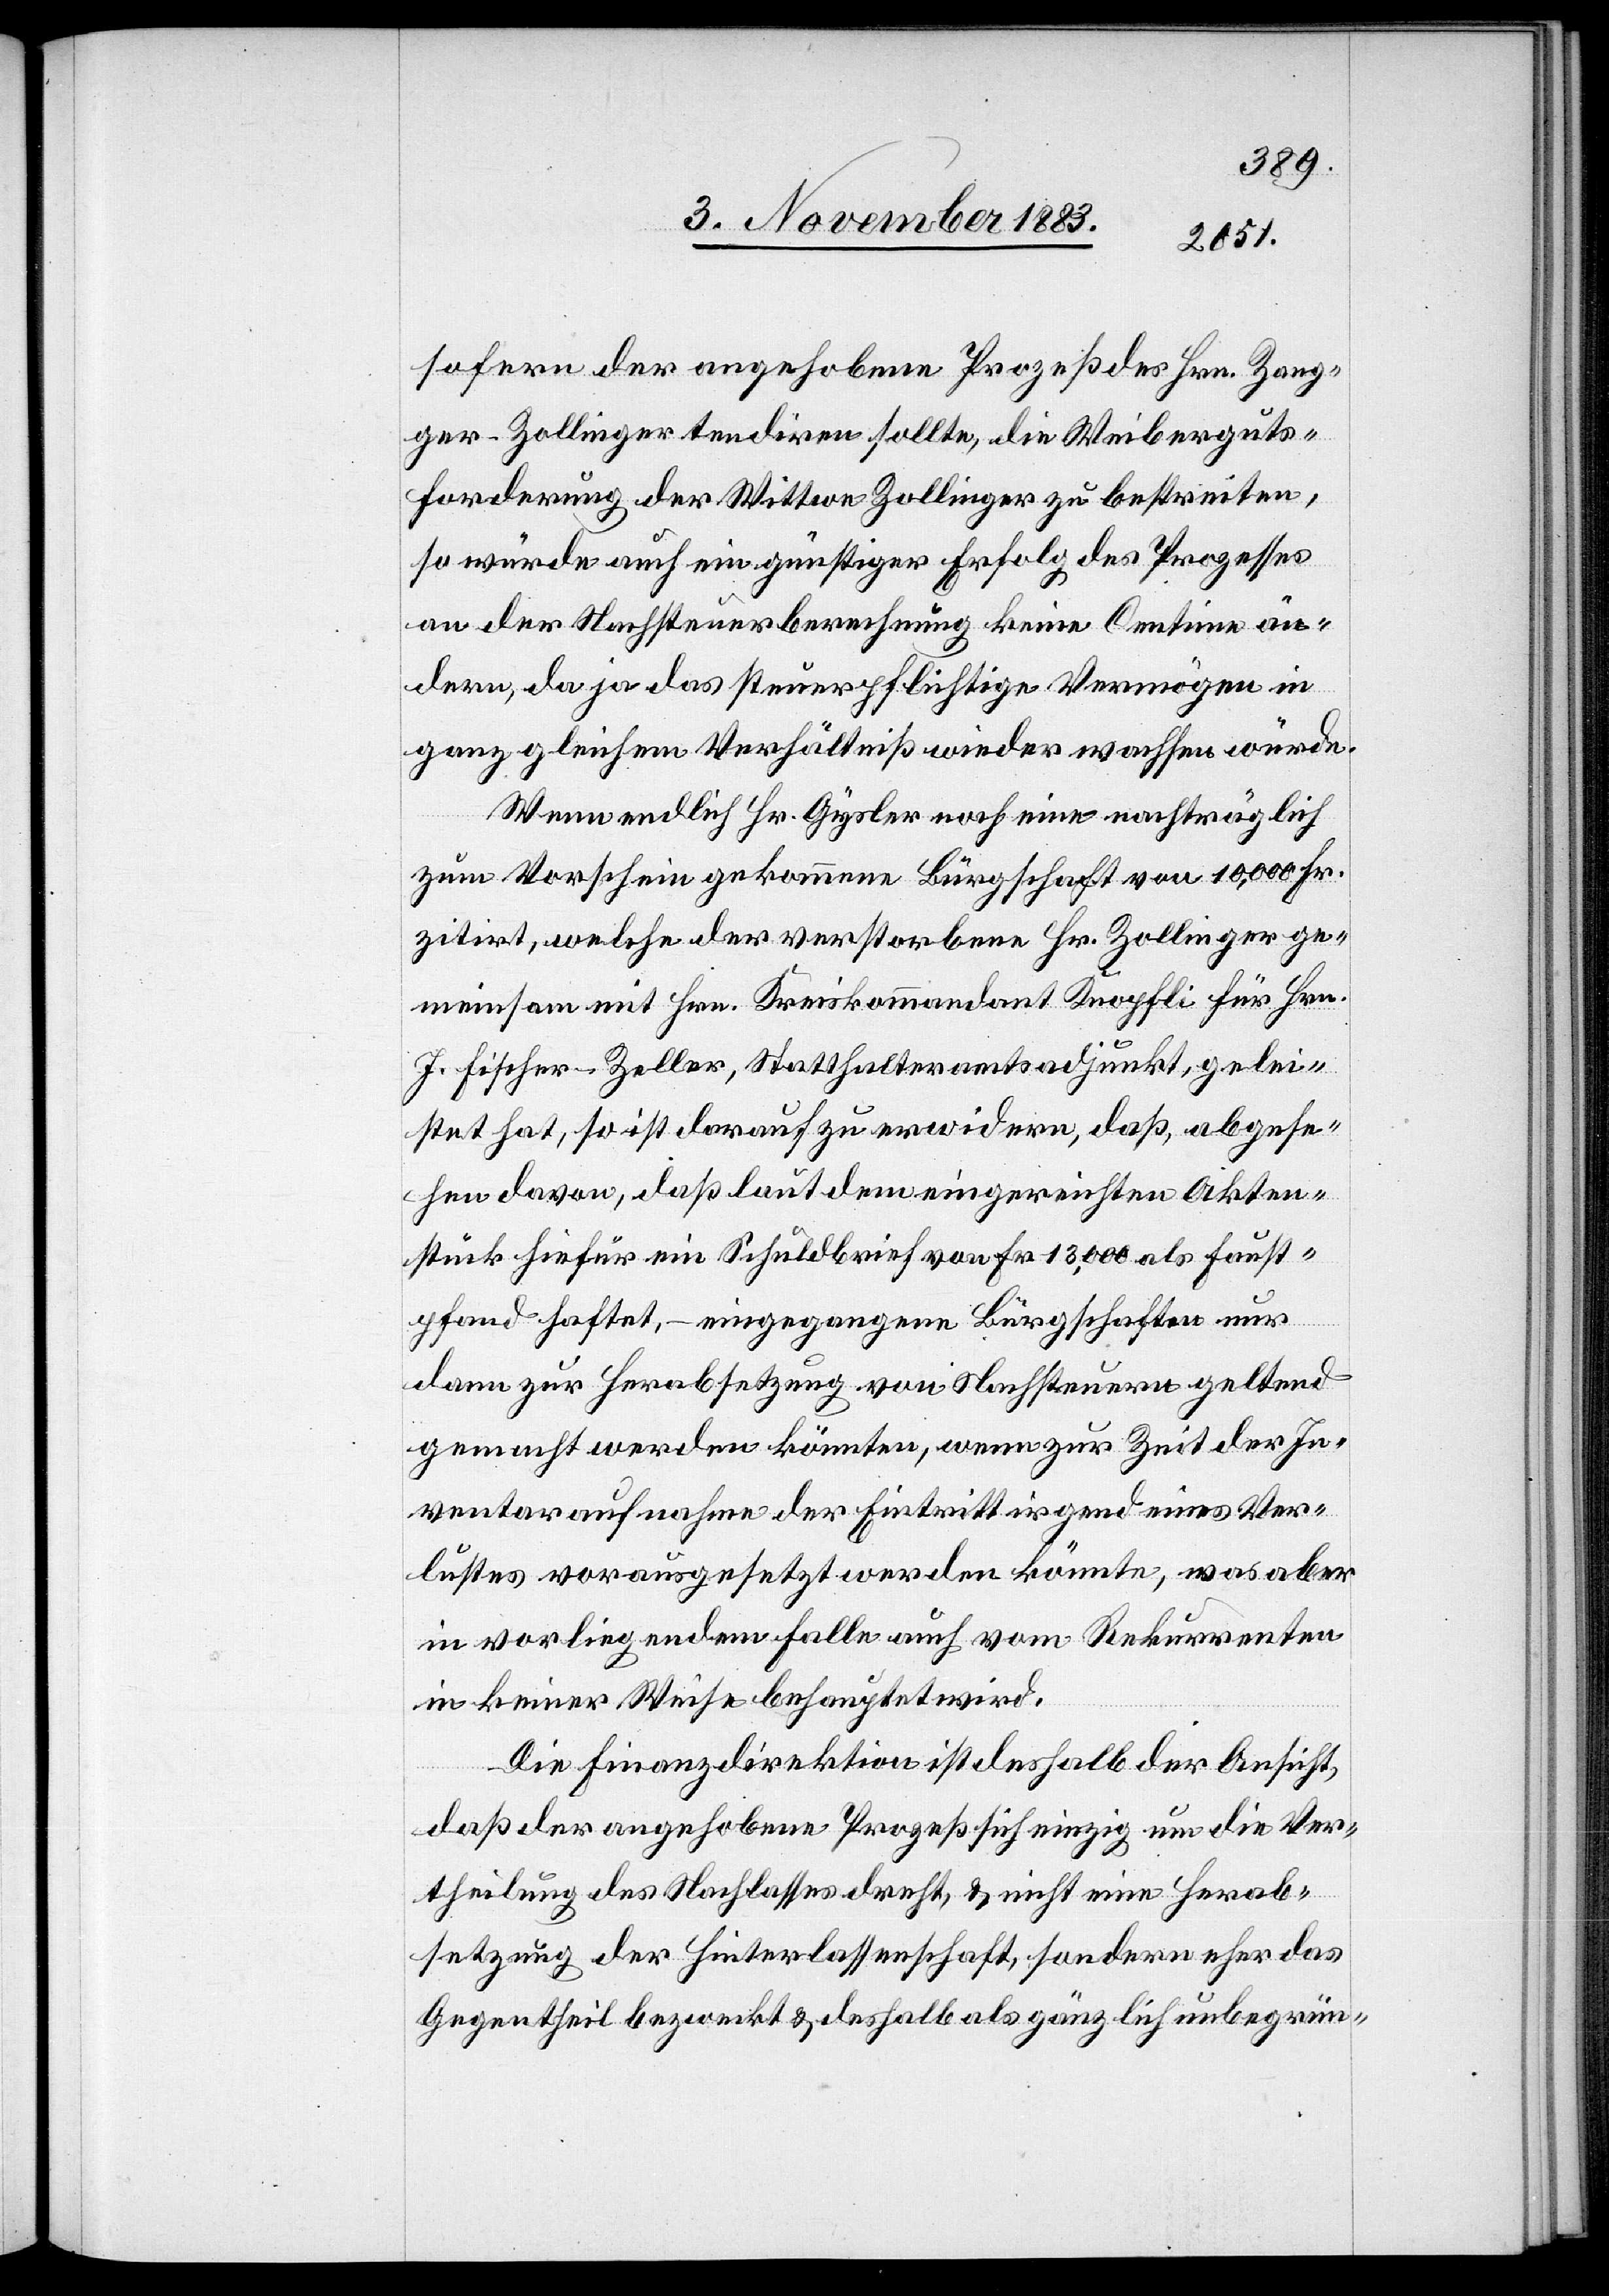
sofern der angehobene Prozeß des Hrn. Zang¬
ger-Zollinger tendiren sollte, die Weiberguts¬
forderung der Wittwe Zollinger zu bestreiten,
so würde auch ein günstiger Erfolg des Prozesses
an der Nachsteuerberechnung keine Centime än¬
dern, da ja das steuerpflichtige Vermögen in
ganz gleichem Verhältniß wieder wachsen würde.
Wenn endlich Hr. Gysler noch eine nachträglich
zum Vorschein gekommene Bürgschaft von 10,000 Fr.
zitirt, welche der verstorbene Hr. Zollinger ge¬
meinsam mit Hrn. Kreiskommandant Knöpfli für Hrn.
J. Fischer-Zeller, Statthalteramtsadjunkt, gelei¬
stet hat, so ist darauf zu erwidern, daß, abgese¬
hen davon, daß laut dem eingereichten Akten¬
stück hiefür ein Schuldbrief von Fr. 13,000 als Faust¬
pfand haftet, – eingegangene Bürgschaften nur
dann zur Herabsetzung von Nachsteuern geltend
gemacht werden könnten, wenn zur Zeit der In¬
ventaraufnahme der Eintritt irgend eines Ver¬
lustes vorausgesetzt werden könnte, was aber
in vorliegendem Falle auch vom Rekurrenten
in keiner Weise behauptet wird.
Die Finanzdirektion ist deshalb der Ansicht
daß der angehobene Prozeß sich einzig um die Ver¬
theilung des Nachlasses dreht, & nicht eine Herab¬
setzung der Hinterlassenschaft, sondern eher das
Gegentheil bezweckt & deshalb gänzlich unbegrün-